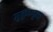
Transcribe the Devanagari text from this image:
मुकुटनूमा